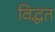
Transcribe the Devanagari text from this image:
विद्धत